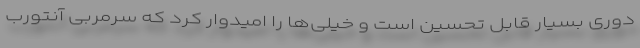
دوری بسیار قابل تحسین است و خیلی‌ها را امیدوار کرد که سرمربی آنتورب